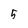
Character: 5